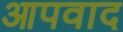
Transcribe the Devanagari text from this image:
आपवाद